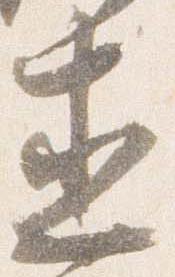
直